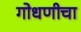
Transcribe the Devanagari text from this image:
गोधणीचा